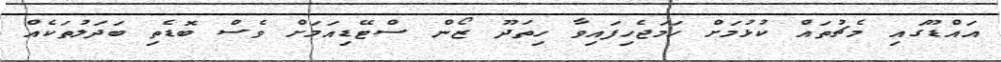
އައްޑޫގައި މެޗުތައް ކުޅުމަށް ހަމަޖެހިފައިވާ ހިތަދޫ ޒޯން ސްޓޭޑިއަމަށް ވެސް ބޮޑެތި ބަދަލުތަކެއް